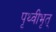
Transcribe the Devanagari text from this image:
पृथ्वीभृत्